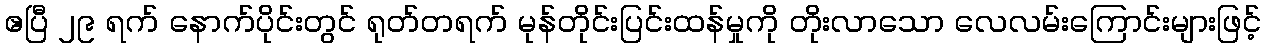
ဧပြီ ၂၉ ရက် နောက်ပိုင်းတွင် ရုတ်တရက် မုန်တိုင်းပြင်းထန်မှုကို တိုးလာသော လေလမ်းကြောင်းများဖြင့်